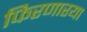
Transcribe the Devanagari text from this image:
फिरणारया